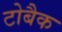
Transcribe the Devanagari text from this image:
टोबैक